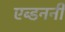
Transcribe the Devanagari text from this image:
एब्डननीं